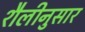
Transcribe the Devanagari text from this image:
शैलीनुसार